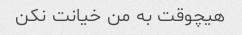
هیچوقت به من خیانت نکن